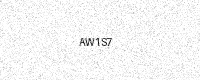
Text: AW1S7